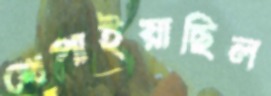
খেপাইয়াছিল